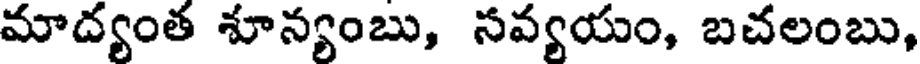
మాద్యంత శూన్యంబు, సవ్యయం, బచలంబు,